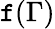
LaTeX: \mathtt{f}(\Gamma)